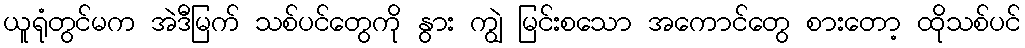
ယူရုံတွင်မက အဲဒီမြက် သစ်ပင်တွေကို နွား ကျွဲ မြင်းစသော အကောင်တွေ စားတော့ ထိုသစ်ပင်